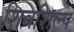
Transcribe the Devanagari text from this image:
शिवशिल्प